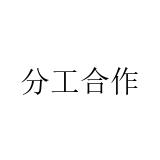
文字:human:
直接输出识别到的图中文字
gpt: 分工合作